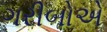
ગરીબોએ